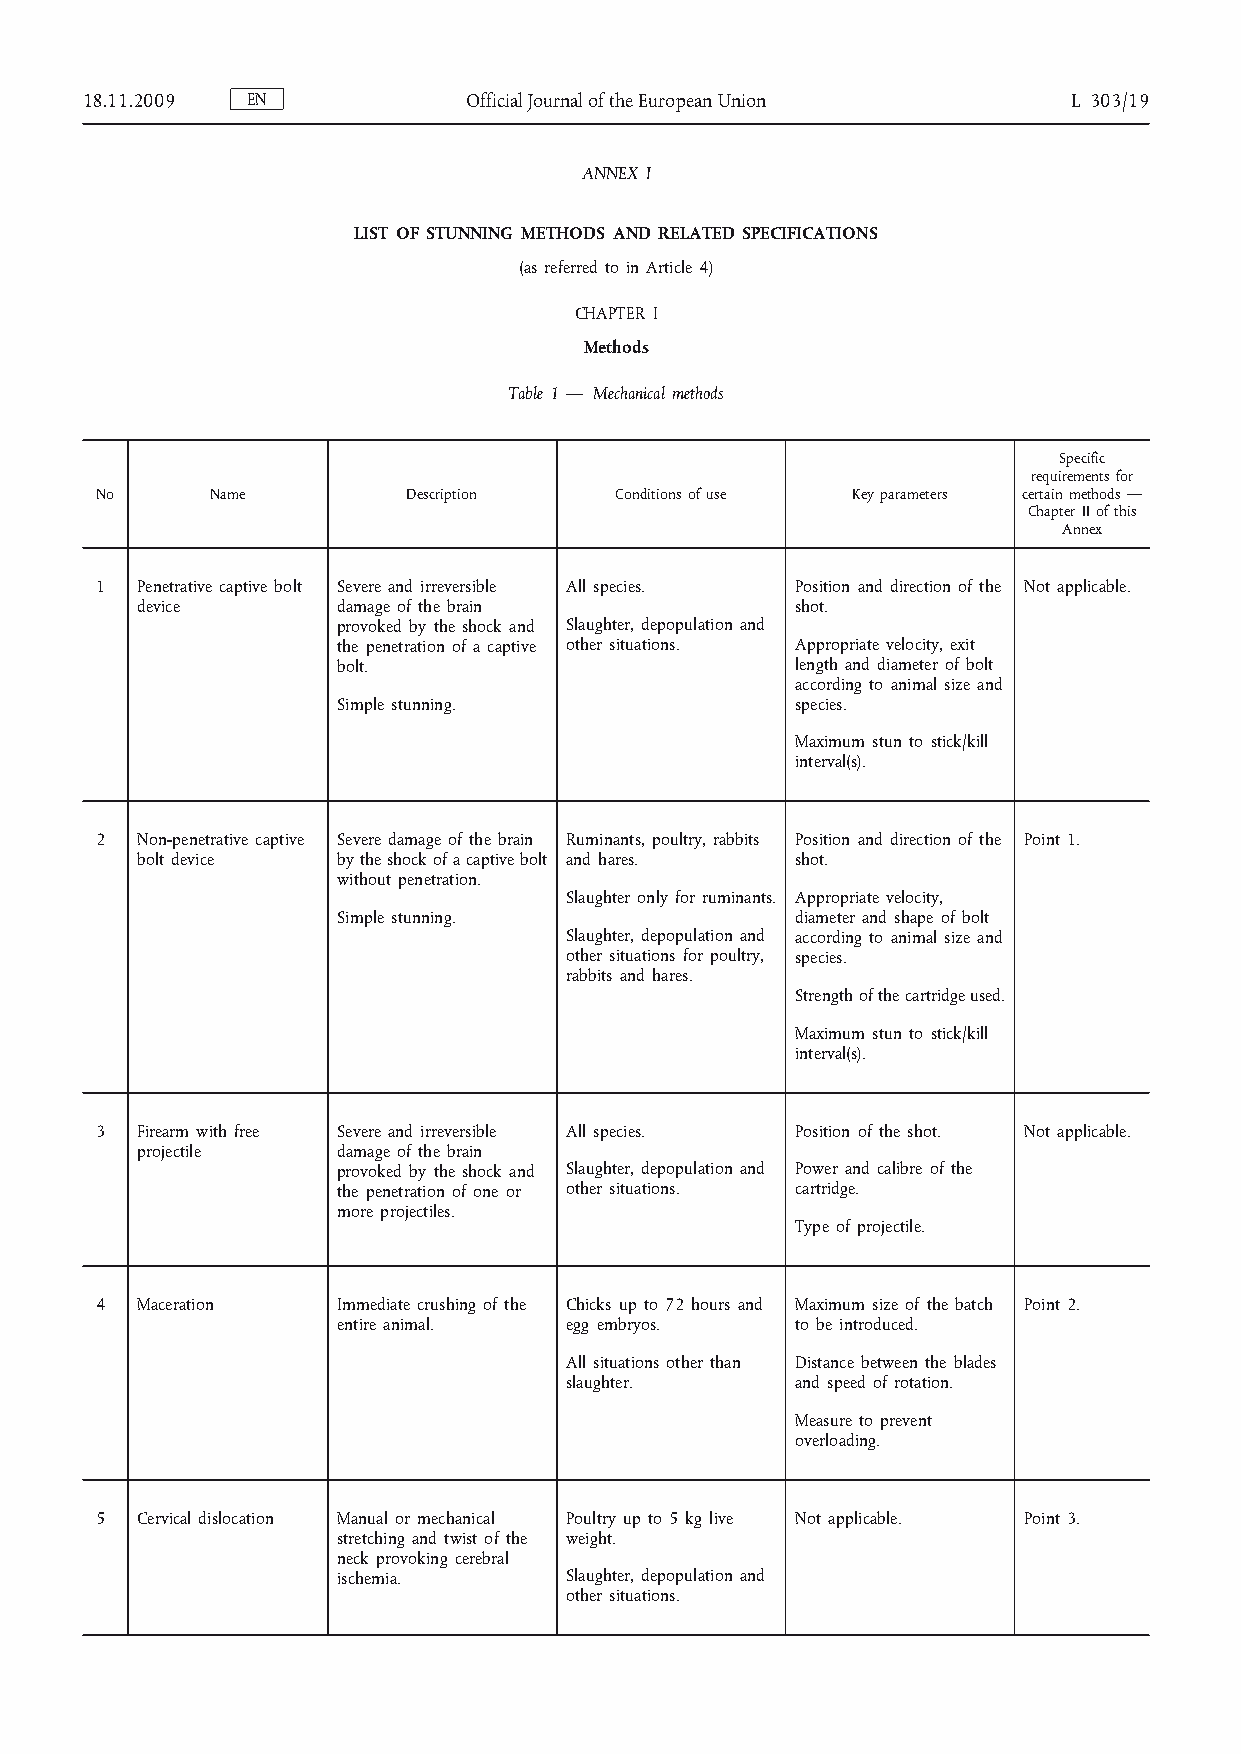
18.11.2009 EN             Official Journal of the European Union  L 303/19
 ANNEX I
 LIST OF STUNNING METHODS AND RELATED SPECIFICATIONS
 (as referred to in Article 4)
 CHAPTER I
 Methods
 Table 1 — Mechanical methods
 Specific
 requirements for
 No      Name         Description   Conditions of use Key parameters certain methods —
 Chapter II of this
 Annex
 1  Penetrative captive bolt Severe and irreversible All species. Position and direction of the Not applicable.
 device       damage of the brain            shot.
 provoked by the shock and Slaughter, depopulation and
 the penetration of a captive other situations. Appropriate velocity, exit
 bolt.                          length and diameter of bolt
 according to animal size and
 Simple stunning.               species.
 Maximum stun to stick/kill
 interval(s).
 2  Non-penetrative captive Severe damage of the brain Ruminants, poultry, rabbits Position and direction of the Point 1.
 bolt device  by the shock of a captive bolt and hares. shot.
 without penetration.
 Slaughter only for ruminants. Appropriate velocity,
 Simple stunning.               diameter and shape of bolt
 Slaughter, depopulation and according to animal size and
 other situations for poultry, species.
 rabbits and hares.
 Strength of the cartridge used.
 Maximum stun to stick/kill
 interval(s).
 3  Firearm with free Severe and irreversible All species. Position of the shot. Not applicable.
 projectile   damage of the brain
 provoked by the shock and Slaughter, depopulation and Power and calibre of the
 the penetration of one or other situations. cartridge.
 more projectiles.
 Type of projectile.
 4  Maceration   Immediate crushing of the Chicks up to 72 hours and Maximum size of the batch Point 2.
 entire animal. egg embryos.    to be introduced.
 All situations other than Distance between the blades
 slaughter.      and speed of rotation.
 Measure to prevent
 overloading.
 5  Cervical dislocation Manual or mechanical Poultry up to 5 kg live Not applicable. Point 3.
 stretching and twist of the weight.
 neck provoking cerebral
 ischemia.      Slaughter, depopulation and
 other situations.